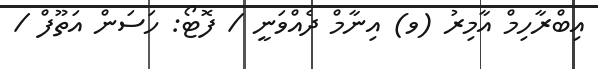
އިބްރާހިމް އާމިރު (ވ) އިނާމް ދެއްވަނީ / ފޮޓޯ: ހަސަން އަތޫފް /